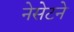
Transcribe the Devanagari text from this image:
नेसेटने